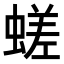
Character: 𧏞